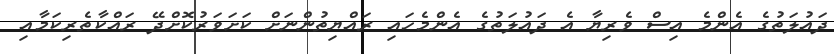
ދައުލަތުގެ އެންމެ އިސް ވެރިޔާ އެ ދައުލަތުގެ އެންމެހައި ރައްޔިތުންނަށް ކަށަވަރުކޮށްދޭ ރައްކާތެރިކަމާއި